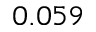
0 . 0 5 9